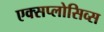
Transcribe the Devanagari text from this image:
एक्सप्लोसिव्स